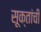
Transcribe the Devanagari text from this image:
सूक्तांची